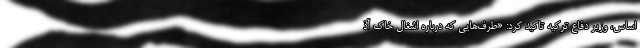
اساس، وزیر دفاع ترکیه تاکید کرد: «طرف‌هایی که درباره اشغال خاک آذ